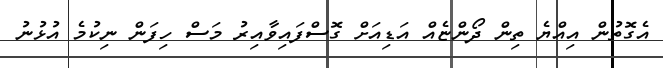
އެގޮތުން އިއްޔެ ތިން ދޯންޏެއް އަޑިއަށް ގޮސްފައިވާއިރު މަސް ހިފަން ނިކުމެ އުޅުނު